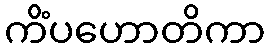
ကိံပဟောတိကာ